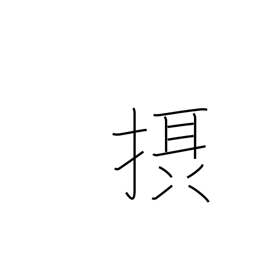
Meaning: absorb